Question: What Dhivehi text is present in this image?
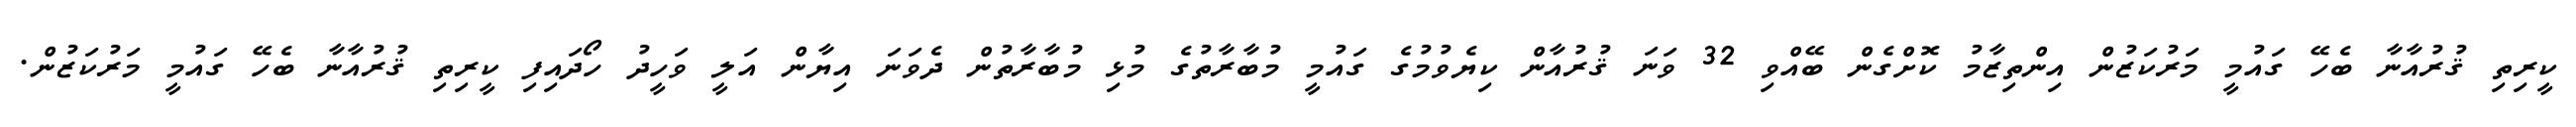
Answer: ކީރިތި ޤުރުއާނާ ބެހޭ ގައުމީ މަރުކަޒުން އިންތިޒާމު ކޮށްގެން ބޭއްވި 32 ވަނަ ޤުރުއާން ކިޔެވުމުގެ ގައުމީ މުބާރާތުގެ މުޅި މުބާރާތުން ދެވަނަ އިޔާން އަލީ ވަހީދު ހޯދައިފި ކީރިތި ޤުރުއާނާ ބެހޭ ގައުމީ މަރުކަޒުން.